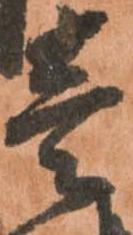
壱